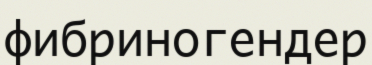
фибриногендер